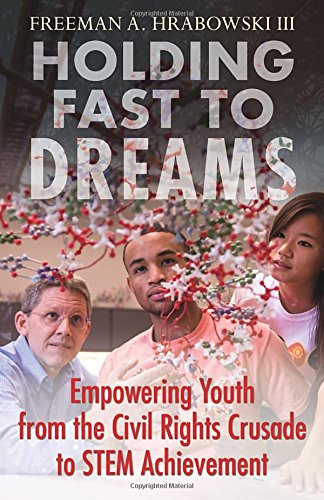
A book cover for Holding Fast to Dreams: Empowering Youth from the Civil Rights Crusade to STEM Achievement; Freeman A. Hrabowski III; Biographies & Memoirs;